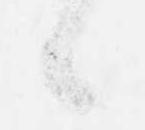
候